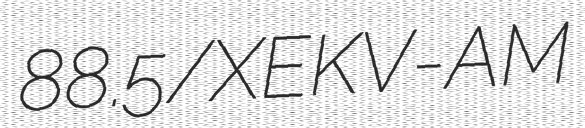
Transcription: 88.5/XEKV-AM